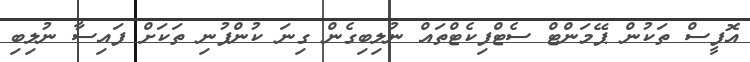
އޮފީސް ތަކުން ޕޭމަންޓް ސެޓްފިކެޓްތައް ނުލިބިގެން ގިނަ ކުންފުނި ތަކަށް ފައިސާ ނުލިބި